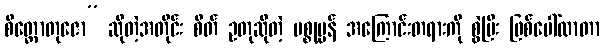
စိတ္တောတုဇော” ဆိုတဲ့အတိုင်း စိတ် ဥတုဆိုတဲ့ ပစ္စုပ္ပန် အကြောင်းတရားကို စွဲပြီး ဖြစ်ပေါ်လာတာ